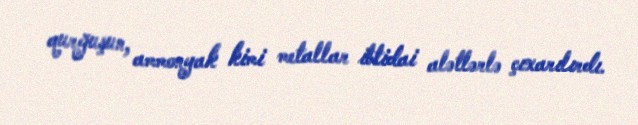
qurğuşun, ammonyak kimi metallar ibtidai alətlərlə çıxarılırdı.